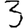
Digit: 3